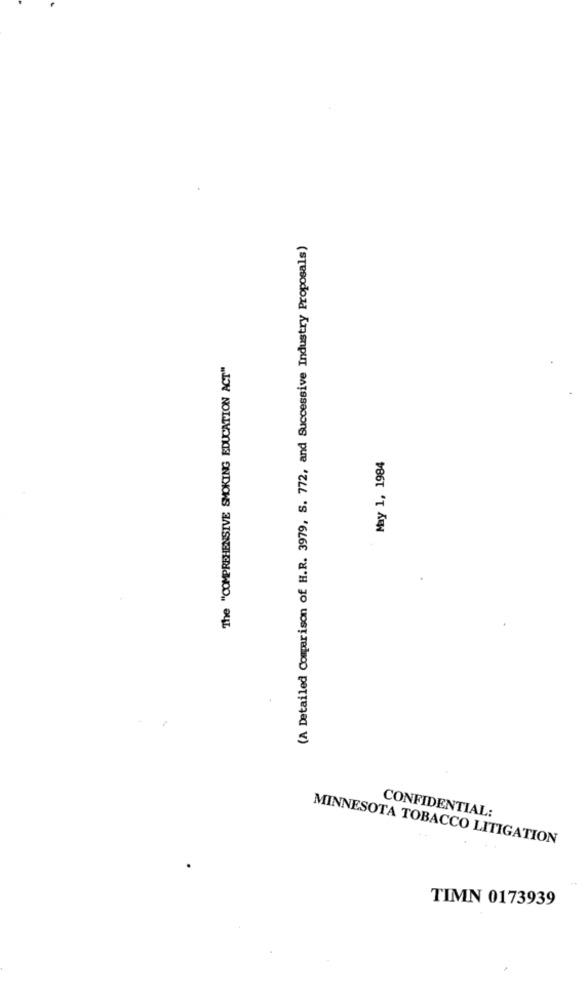
(A Detailed Comparison of H.R. 3979, S. 772, and Successive Industry Proposals)
The "COMPREHENSIVE SMOKING EDUCATION ACT"
May 1, 1984
CONFIDENTIAL:
MINNESOTA TOBACCO LITIGATION
TIMN 0173939